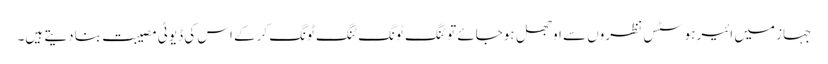
جہاز میں ائیر ہوسٹس نظروں سے اوجھل ہوجائے تو ٹنگ ٹونگ ٹنگ ٹونگ کرکے اس کی ڈیوٹی مصیبت بنا دیتے ہیں۔